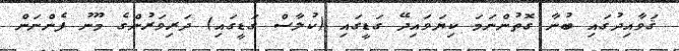
ޤަވާއިދުގައި ބުނާ ގޮތުންނަމަ ކިޔަވައިދޭ ގަޑީގައި (ކުލާސް ގަޑީގައި) ދަރިވަރުންގެ މޫނު ފެންނަން